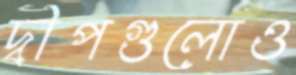
দ্বীপগুলোও